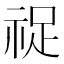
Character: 𬒺